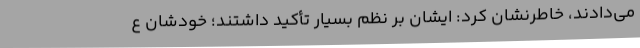
می‌دادند، خاطرنشان کرد: ایشان بر نظم بسیار تأکید داشتند؛ خودشان ع